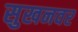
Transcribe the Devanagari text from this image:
सुखनवर